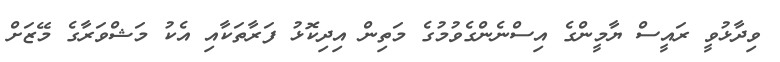
ވިދާޅުވީ ރައީސް ޔާމީންގެ އިސްނެންގެވުމުގެ މަތިން އިދިކޮޅު ފަރާތަކާއި އެކު މަޝްވަރާގެ މޭޒަށް